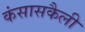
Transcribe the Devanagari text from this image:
कंसासकैली